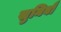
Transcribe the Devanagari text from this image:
सुनिबौ